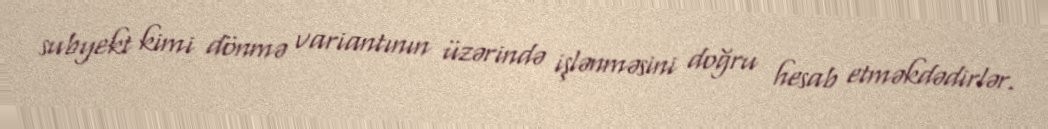
subyekt kimi dönmə variantının üzərində işlənməsini doğru hesab etməkdədirlər.